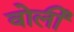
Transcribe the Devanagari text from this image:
वोर्ली